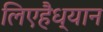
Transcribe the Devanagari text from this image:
लिएहैध्यान